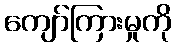
ကျော်ကြားမှုကို